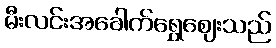
မီးလင်းအခေါက်ရွှေဈေးသည်